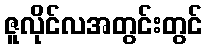
ဇူလိုင်လအတွင်းတွင်